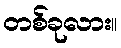
တစ်ခုလား။